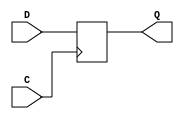
module DFF_X1(C, D, Q);
input C, D;
output reg Q;

always @(posedge C)
	Q <= D;
endmodule
 
 module DFF_top (in1, clk1, clk2, out); 
  input in1, clk1, clk2;
  output out;
  wire w1;

  DFF_X1 r1 (.D(in1), .C(clk1), .Q(w1));
  DFF_X1 r2 (.D(w1), .C(clk2), .Q(out));

endmodule